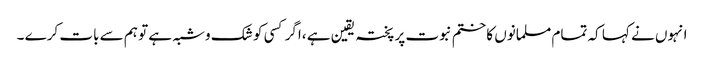
انہوں نے کہا کہ تمام مسلمانوں کا ختم نبوت پر پختہ یقین ہے ،اگر کسی کو شک وشبہ ہے تو ہم سے بات کرے ۔